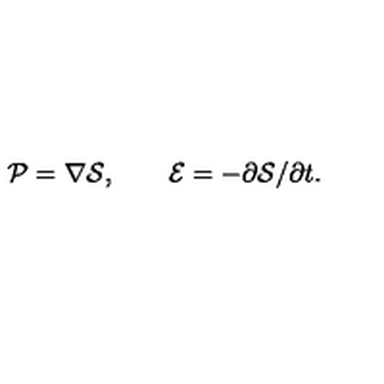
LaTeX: { \cal P } = \nabla { \cal S } , \qquad { \cal E } = - \partial { \cal S } / \partial t .